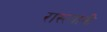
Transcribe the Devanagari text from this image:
रास्त्यांनी